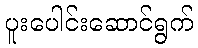
ပူးပေါင်းဆောင်ရွက်